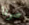
صرنا